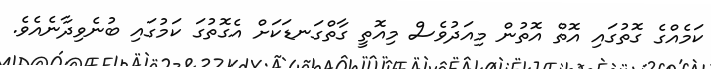
ކަމެއްގެ ގޮތުގައި އޮތް އޮތުން މިއަދުވެސް މިއޮތީ ގާތްގަނޑަކަށް އެގޮތުގަ ކަމުގައި ބުނެވިދާނެއެވެ.